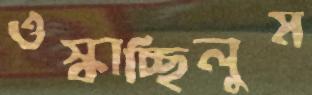
ওস্‌কাচ্ছিলুম